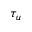
\tau _ { u }